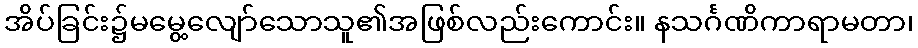
အိပ်ခြင်း၌မမွေ့လျော်သောသူ၏အဖြစ်လည်းကောင်း။ နသင်္ဂဏိကာရာမတာ၊